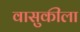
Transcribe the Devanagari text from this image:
वासुकीला